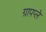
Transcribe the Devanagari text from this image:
ग्रापप्ले